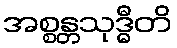
အစ္စန္တသုဒ္ဓီတိ